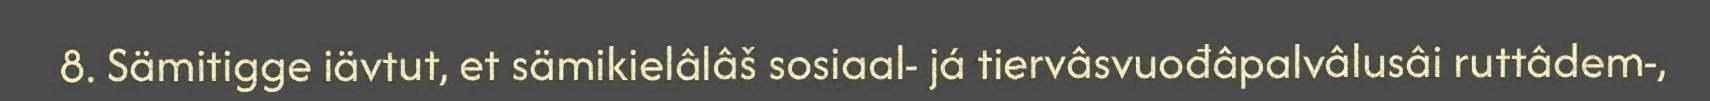
8. Sämitigge iävtut, et sämikielâlâš sosiaal- já tiervâsvuođâpalvâlusâi ruttâdem-,